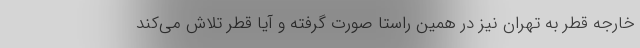
خارجه قطر به تهران نیز در همین راستا صورت گرفته و آیا قطر تلاش می‌کند